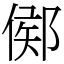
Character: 鄇